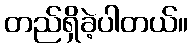
တည်ရှိခဲ့ပါတယ်။